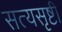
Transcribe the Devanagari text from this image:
सत्यसृष्टी